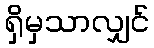
ရှိမှသာလျှင်